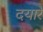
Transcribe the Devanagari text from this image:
दयारे